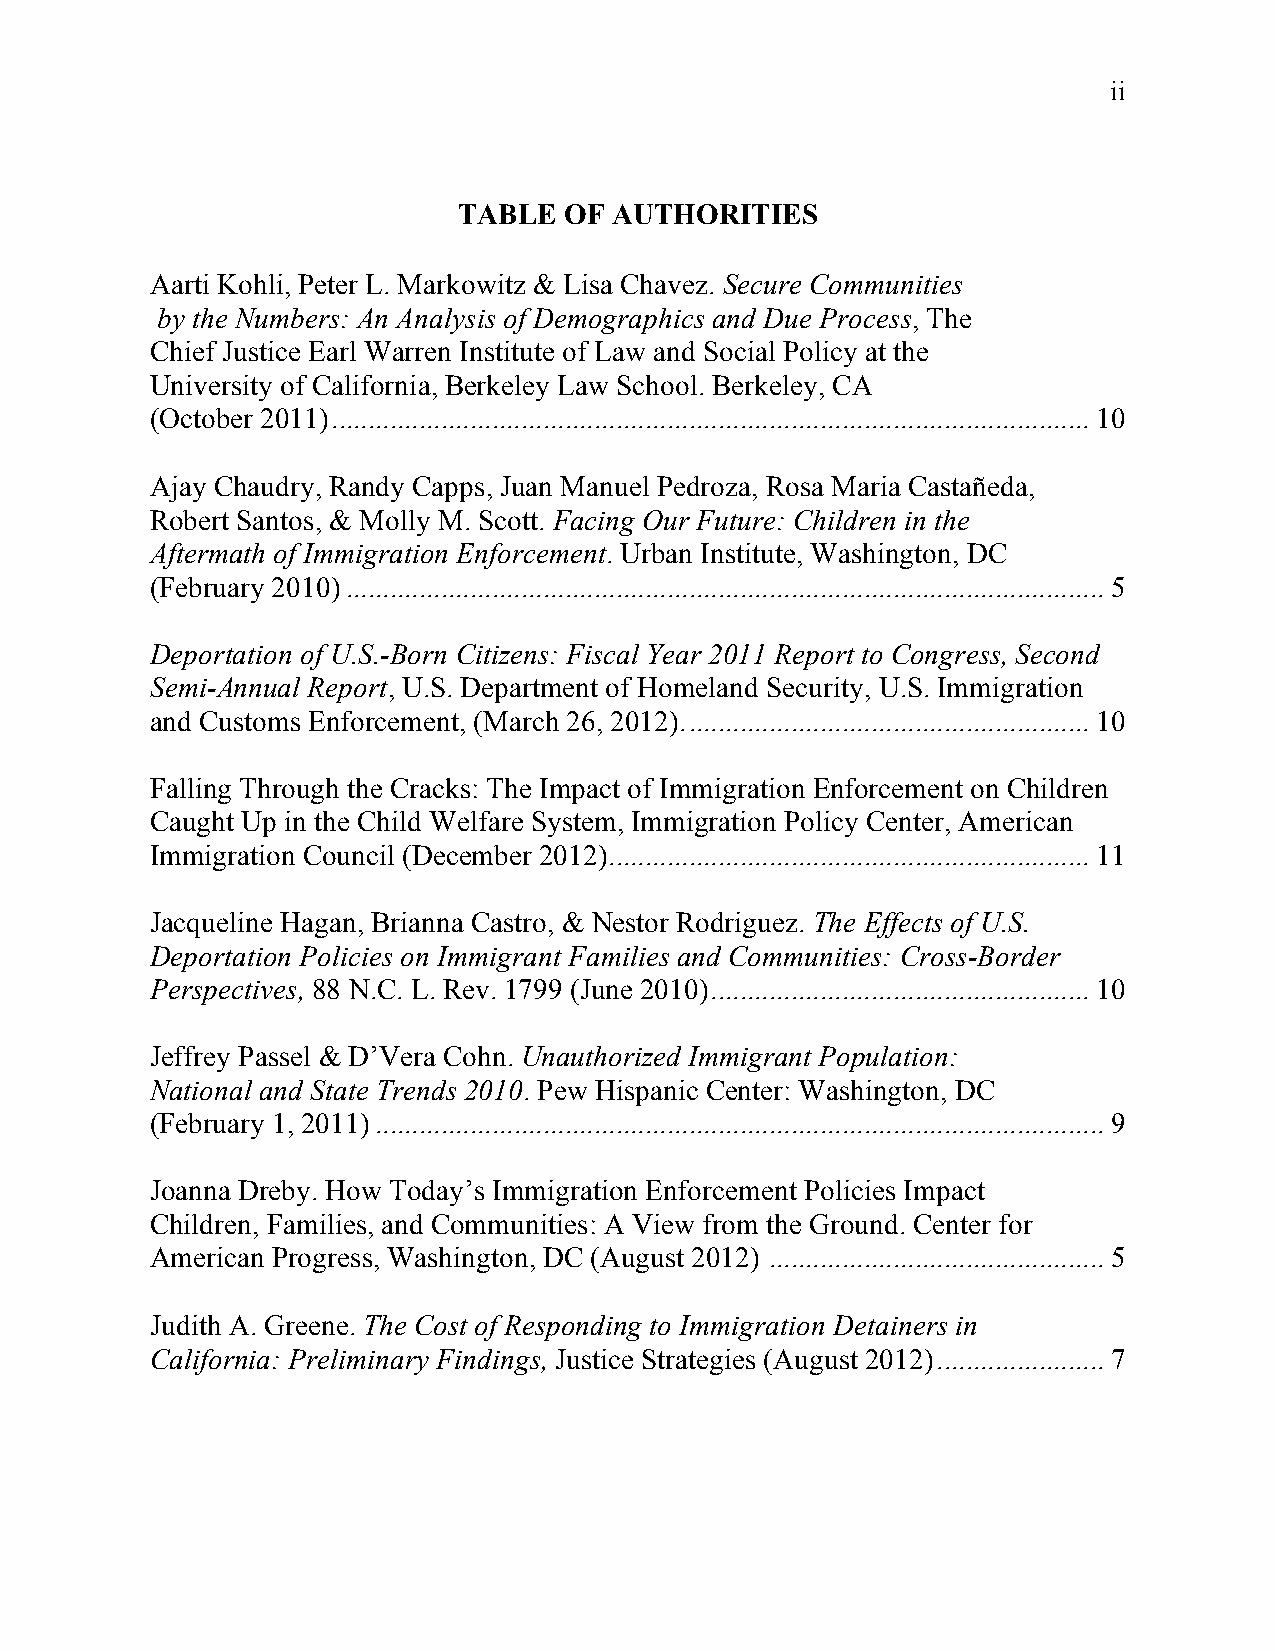
ii
 TABLE  OF  AUTHORITIES
 Aarti Kohli, Peter L. Markowitz & Lisa Chavez. Secure Communities
 by the Numbers: An Analysis of Demographics and Due Process, The
 Chief Justice Earl Warren Institute of Law and Social Policy at the
 University of California, Berkeley Law School. Berkeley, CA
 (October 2011)........................................................................................................ 10
 Ajay Chaudry, Randy Capps, Juan Manuel Pedroza, Rosa Maria Castañeda,
 Robert Santos, & Molly M. Scott. Facing Our Future: Children in the
 Aftermath of Immigration Enforcement. Urban Institute, Washington, DC
 (February 2010)........................................................................................................ 5
 Deportation of U.S.-Born Citizens: Fiscal Year 2011 Report to Congress, Second
 Semi-Annual Report, U.S. Department of Homeland Security, U.S. Immigration
 and Customs Enforcement, (March 26, 2012)........................................................ 10
 Falling Through the Cracks: The Impact of Immigration Enforcement on Children
 Caught Up in the Child Welfare System, Immigration Policy Center, American
 Immigration Council (December 2012).................................................................. 11
 Jacqueline Hagan, Brianna Castro, & Nestor Rodriguez. The Effects of U.S.
 Deportation Policies on Immigrant Families and Communities: Cross-Border
 Perspectives, 88 N.C. L. Rev. 1799 (June 2010).................................................... 10
 Jeffrey Passel & D’Vera Cohn. Unauthorized Immigrant Population:
 National and State Trends 2010. Pew Hispanic Center: Washington, DC
 (February 1, 2011).................................................................................................... 9
 Joanna Dreby. How Today’s Immigration Enforcement Policies Impact
 Children, Families, and Communities: A View from the Ground. Center for
 American Progress, Washington, DC (August 2012) .............................................. 5
 Judith A. Greene. The Cost of Responding to Immigration Detainers in
 California: Preliminary Findings, Justice Strategies (August 2012)....................... 7